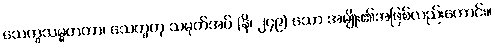
သေက္ခသမ္မတကာ၊ သေက္ခဟု သမုတ်အပ် (နိ၊ ၂၄၉) သော အမျိုး၏အဖြစ်လည်းကောင်း။